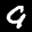
Label: 9